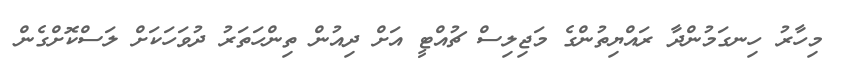
މިހާރު ހިނގަމުންދާ ރައްޔިތުންގެ މަޖިލިސް ޗުއްޓީ އަށް ދިއުން ތިންހަތަރު ދުވަހަކަށް ލަސްކޮށްގެން